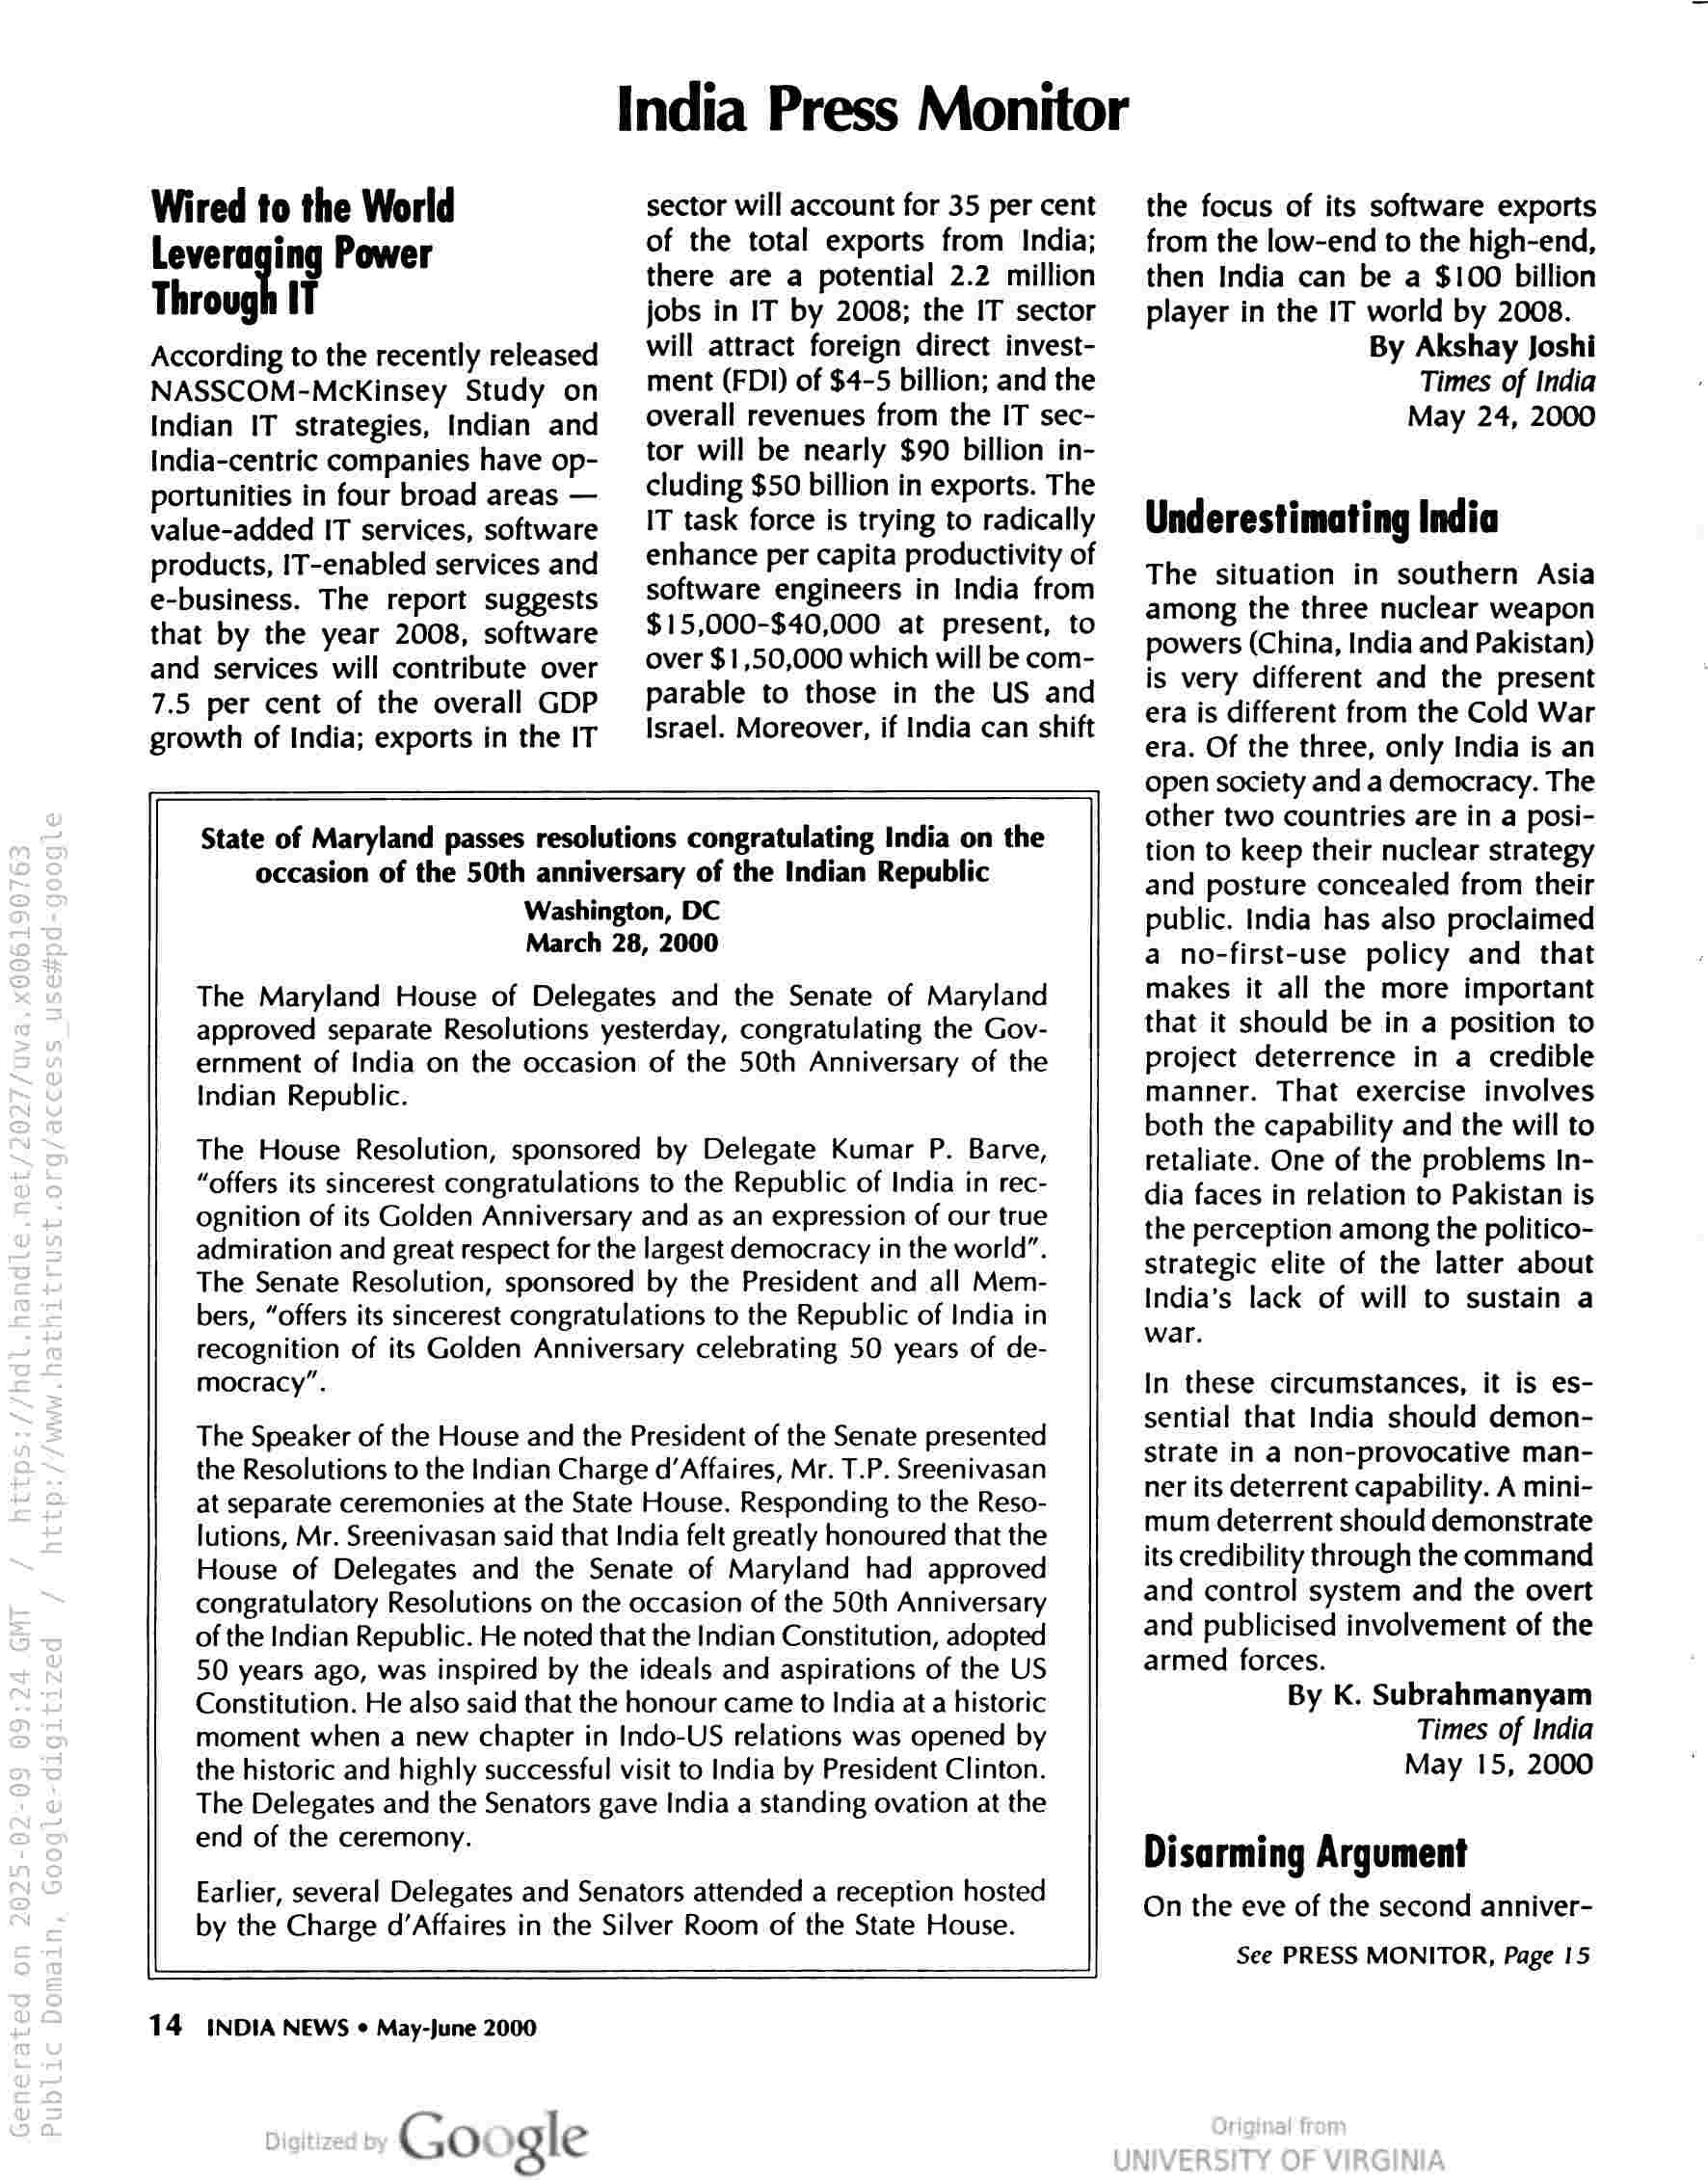
Wired to the World
Leveraging Power
Through IT

According to the recently released
NASSCOM-McKinsey Study on
Indian IT strategies, Indian and
India-centric companies have op-
portunities in four broad areas —
value-added IT services, software
products, IT-enabled services and
e-business. The report suggests
that by the year 2008, software
and services will contribute over
7.5 per cent of the overall GDP
growth of India; exports in the IT

India Press Monitor

sector will account for 35 per cent
of the total exports from India;
there are a potential 2.2 million
jobs in IT by 2008; the IT sector
will attract foreign direct invest-
ment (FDI) of $4-5 billion; and the
overall revenues from the IT sec-
tor will be nearly $90 billion in-
cluding $50 billion in exports. The
IT task force is trying to radically
enhance per capita productivity of
software engineers in India from
$15,000-$40,000 at present, to
over $1,50,000 which will be com-
parable to those in the US and
Israel. Moreover, if India can shift

State of Maryland passes resolutions congratulating India on the
occasion of the 50th anniversary of the Indian Republic
Washington, DC
March 28, 2000

The Maryland House of Delegates and the Senate of Maryland
approved separate Resolutions yesterday, congratulating the Gov-
ernment of India on the occasion of the 50th Anniversary of the
Indian Republic.

The House Resolution, sponsored by Delegate Kumar P. Barve,
“offers its sincerest congratulations to the Republic of India in rec-
ognition of its Golden Anniversary and as an expression of our true
admiration and great respect for the largest democracy in the world”.
The Senate Resolution, sponsored by the President and all Mem-
bers, “offers its sincerest congratulations to the Republic of India in
recognition of its Golden Anniversary celebrating 50 years of de-
mocracy”.

The Speaker of the House and the President of the Senate presented
the Resolutions to the Indian Charge d’Affaires, Mr. T.P. Sreenivasan
at separate ceremonies at the State House. Responding to the Reso-
lutions, Mr. Sreenivasan said that India felt greatly honoured that the
House of Delegates and the Senate of Maryland had approved
congratulatory Resolutions on the occasion of the 50th Anniversary
of the Indian Republic. He noted that the Indian Constitution, adopted
50 years ago, was inspired by the ideals and aspirations of the US
Constitution. He also said that the honour came to India at a historic
moment when a new chapter in Indo-US relations was opened by
the historic and highly successful visit to India by President Clinton.
The Delegates and the Senators gave India a standing ovation at the
end of the ceremony.

Earlier, several Delegates and Senators attended a reception hosted
by the Charge d’Affaires in the Silver Room of the State House.

14

INDIA NEWS ¢ May-June 2000

Google

the focus of its software exports

from the low-end to the high-end,

then India can be a $100 billion
player in the IT world by 2008.

By Akshay Joshi

Times of India

May 24, 2000

Underestimating India

The situation in southern Asia
among the three nuclear weapon
powers (China, India and Pakistan)
is very different and the present
era is different from the Cold War
era. Of the three, only India is an
open society and a democracy. The
other two countries are in a posi-
tion to keep their nuclear strategy
and posture concealed from their
public. India has also proclaimed
a no-first-use policy and that
makes it all the more important
that it should be in a position to
project deterrence in a credible
manner. That exercise involves
both the capability and the will to
retaliate. One of the problems In-
dia faces in relation to Pakistan is
the perception among the politico-
strategic elite of the latter about
India’s lack of will to sustain a
war.

In these circumstances, it is es-
sential that India should demon-
strate in a non-provocative man-
ner its deterrent capability. A mini-
mum deterrent should demonstrate
its credibility through the command
and control system and the overt
and publicised involvement of the
armed forces.
By K. Subrahmanyam
Times of India
May 15, 2000

. s

Disarming Argument

On the eve of the second anniver-
See PRESS MONITOR, Page 15